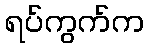
ရပ်ကွက်က